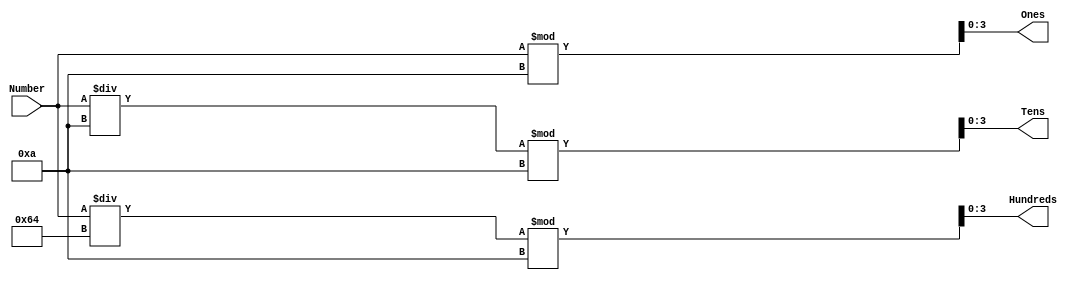
`timescale 1ns / 1ps
//////////////////////////////////////////////////////////////////////////////////
// Company:  Rose-Hulman Institute of Technology
// Summary:  Splits a number from 0 to 128 into its digits.
//////////////////////////////////////////////////////////////////////////////////
module SplitDigits(Number, Hundreds, Tens, Ones);
	input [6:0] Number;
	output [3:0] Hundreds, Tens, Ones;
	assign Hundreds = (Number / 100) % 10;
	assign Tens = (Number / 10) % 10;
	assign Ones = Number % 10;
endmodule